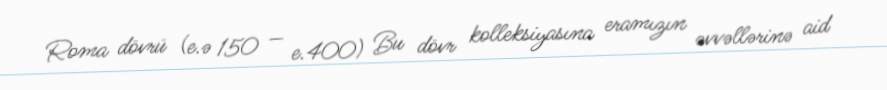
Roma dövrü (e.ə 150 — e.400) Bu dövr kolleksiyasına eramızın əvvəllərinə aid